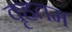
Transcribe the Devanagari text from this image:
वृहतम